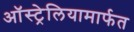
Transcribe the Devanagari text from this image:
ऑस्ट्रेलियामार्फत